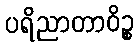
ပရိညာတာဝိဉ္စ